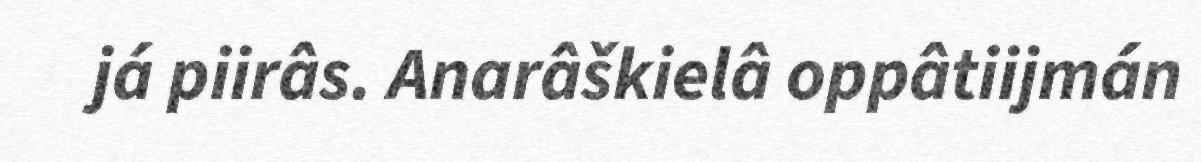
já piirâs. Anarâškielâ oppâtiijmán